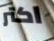
اكتر